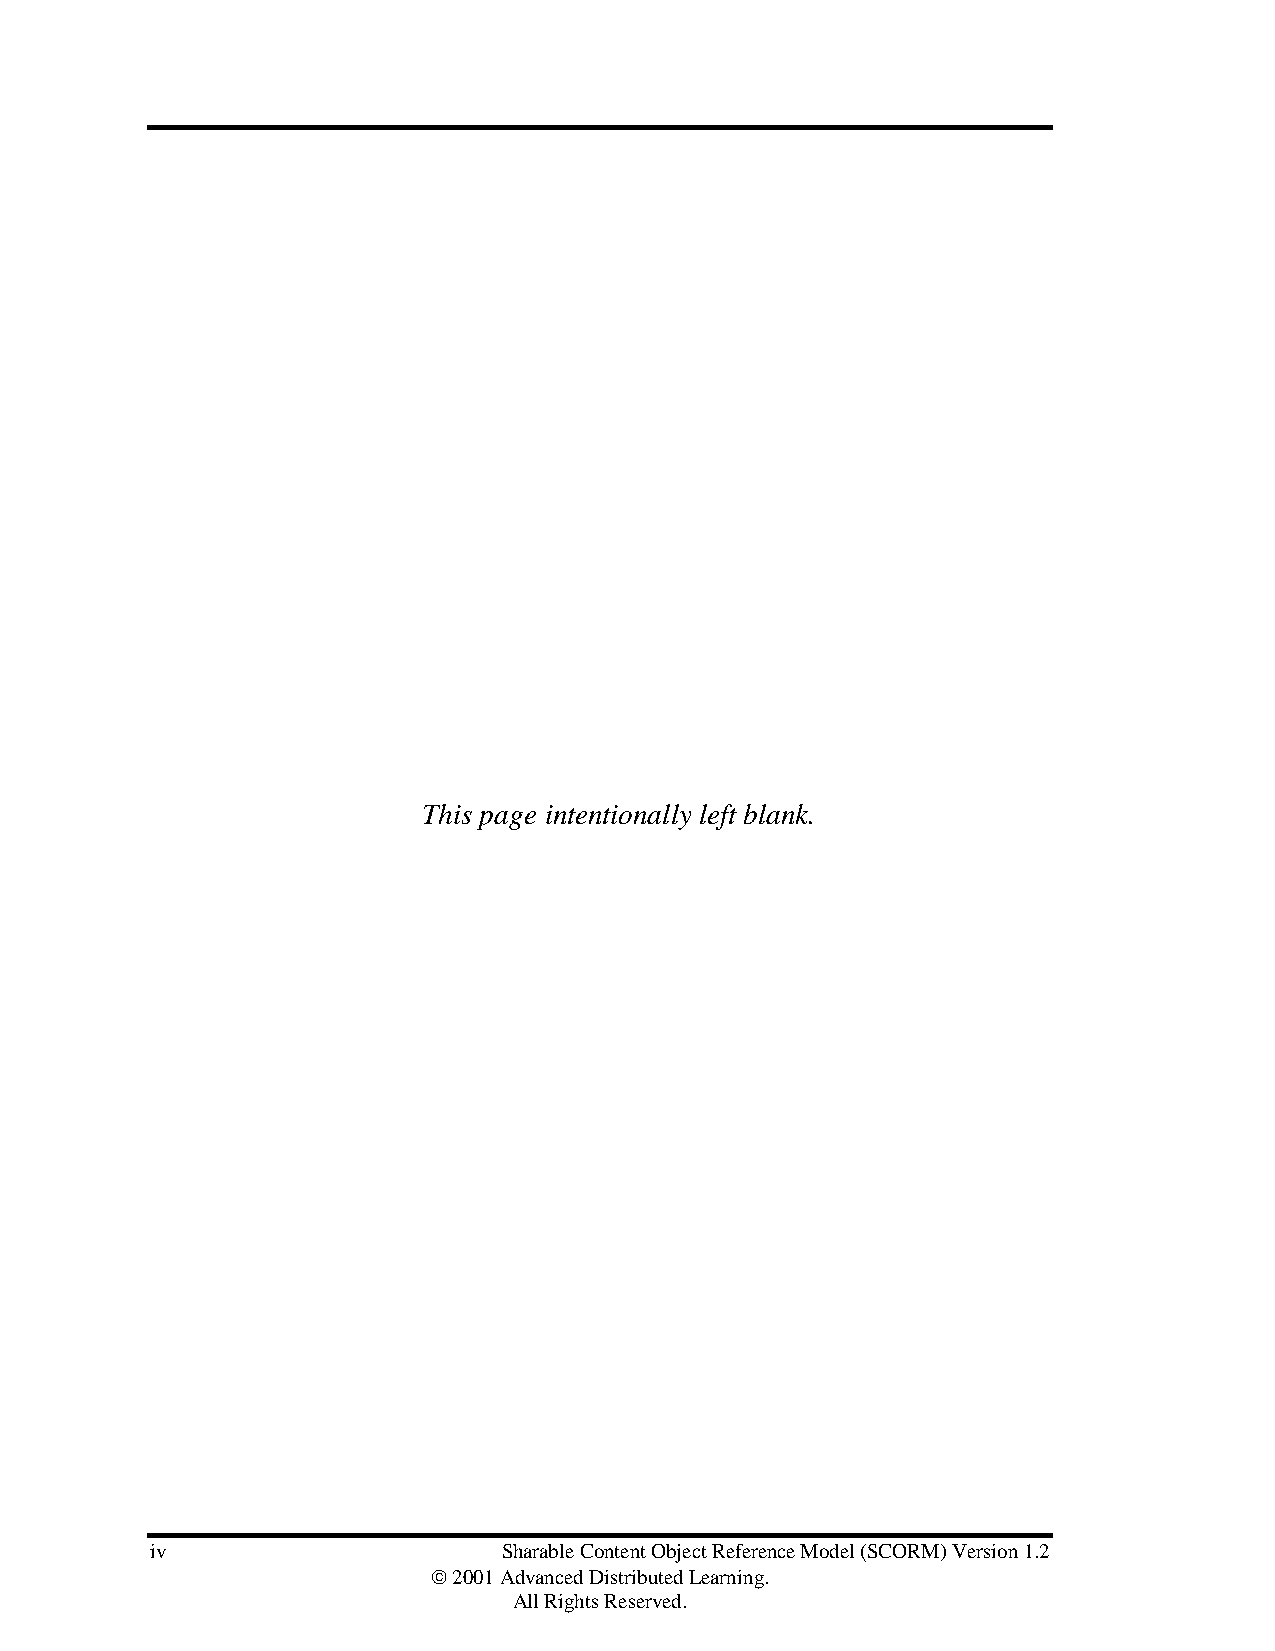
This page intentionally left blank.
 iv                     Sharable Content Object Reference Model (SCORM) Version 1.2
  2001 Advanced Distributed Learning.
 All Rights Reserved.